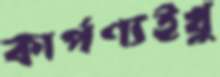
কার্পণ্যইখু